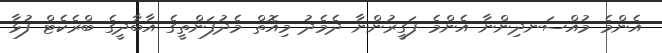
އެންމެ މުއްސަނދިންނާ އެންމެ ފަގީރުންނާ ދެމެދު މިއޮތް މެދުފަންތީގެ އާބާދީގެ ބްރެކެޓް ފުޅާ